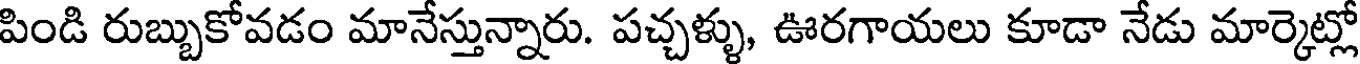
పిండి రుబ్బుకోవడం మానేస్తున్నారు. పచ్చళ్ళు, ఊరగాయలు కూడా నేడు మార్కెట్లో